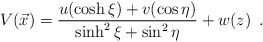
\begin{align*}V(\vec x)={u(\cosh\xi)+v(\cos\eta)\over\sinh^2\xi+\sin^2\eta}+w(z) \enspace.\end{align*}